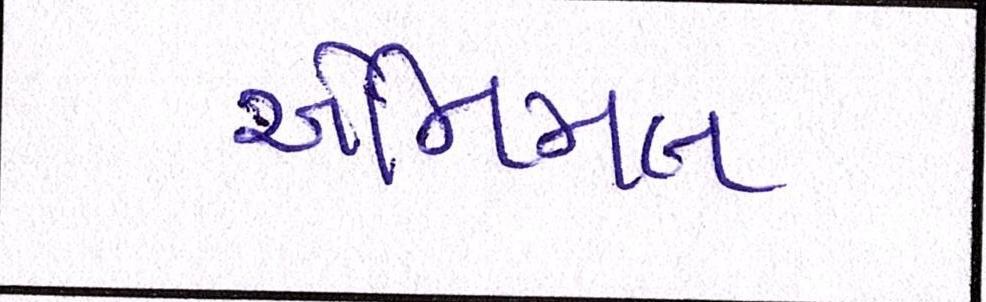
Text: એનિમલ